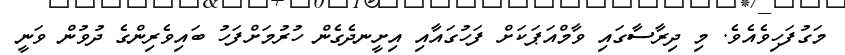
މަގުފަހިވެއެވެ. މި ދިރާސާގައި ވާމްއަޕަކަށް ފަހުގައާއި އިށީނދެގެން ހުރުމަށްފަހު ބައިވެރިންގެ ދުވުން ވަނީ